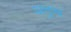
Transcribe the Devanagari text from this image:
अनुभ्व